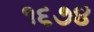
૧૬૭૪